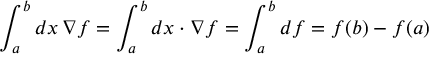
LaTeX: \int _ { a } ^ { b } d x \, \nabla f = \int _ { a } ^ { b } d x \cdot \nabla f = \int _ { a } ^ { b } d f = f ( b ) - f ( a )